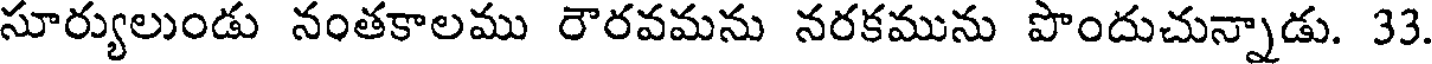
సూర్యులుండు నంతకాలము రౌరవమను నరకమును పొందుచున్నాడు. 33.